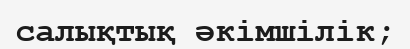
салықтық әкімшілік;